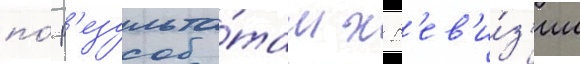
по́ р'езульта́там х р'ев'и́з'ии